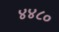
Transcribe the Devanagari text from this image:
४४८०